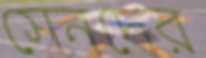
সেনদের